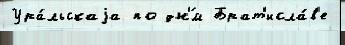
Ура́льскаjа по дн'́м Брат'исла́в'е